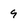
Character: 9